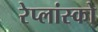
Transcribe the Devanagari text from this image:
रेप्लांस्को